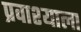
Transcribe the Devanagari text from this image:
प्रवाश्याला